system: You are a helpful assistant.
user:
Analyze the provided spectrum to determine if it is a **S-type Star**.

- **Key Indicators for S-type Star:**

    - **(Overall Spectrum Shape):** The first and most obvious characteristic is the overall continuum (the "baseline" shape). It is **extremely "red-sloping,"** meaning the flux (light intensity) is very low on the left side (blue, ~4000-4500 Å) and rises steeply and continuously toward the right side (red, ~7000 Å+).

    - **(Primary):** The spectrum is defined by the presence of strong, broad molecular absorption "valleys" (bands) from **Zirconium Oxide (ZrO)**. The identification of these bands is the **primary requirement** for classifying a star as S-type.
        - **(Key Bandheads):** You must find distinct, deep "dips" where the light has been absorbed. The most critical band systems to locate are:
            - **~6474 Å** ($\gamma$-system): This is often the strongest and clearest ZrO feature, found in the red part of the spectrum.
            - **~5718 Å** & **~5551 Å** ($\beta$-system): A pair of prominent absorption features in the yellow-orange part of the spectrum.
            - **~4640 Å** ($\alpha$-system): A key absorption band system in the blue-green region of the spectrum.

    - **(Secondary Confirmation):** The classification is strengthened by finding additional absorption bands from other related heavy element oxides, which are expected to be present alongside ZrO.
        - **(Key Bandheads):**
            - **Yttrium Oxide (YO):** Look for absorption dips near **~4800 Å** and **~6100 Å**.
            - **Lanthanum Oxide (LaO):** Additional absorption features, particularly in the red-orange part of the spectrum, are also characteristic.

    - **(Line Profile):** The combination of the steep red continuum and these numerous, deep molecular bands (ZrO, YO, etc.) gives the entire spectrum a very **"chopped-up"** or **"bumpy"** appearance. Instead of a smooth curve, the spectrum looks as though large, wide chunks of light have been "carved out" of it at the specific wavelengths listed above.

Think first, call **spectral_visualization_tool** if needed to examine features in detail, then provide your final answer. Your response must adhere to the following strict rules:
1.  **Overall Structure:** Your response must follow the format `<think>...</think> <tool_call>...</tool_call> (if a tool is used) <answer>...</answer>`.
2.  **Tool Usage Constraint:** You may only make **one** tool call per turn.
3.  **Final Answer Format:** In the `<answer>` tag, your conclusion must be inside a `\boxed{}` command (e.g., `\boxed{YES}` or `\boxed{NO}`), followed by your justification.

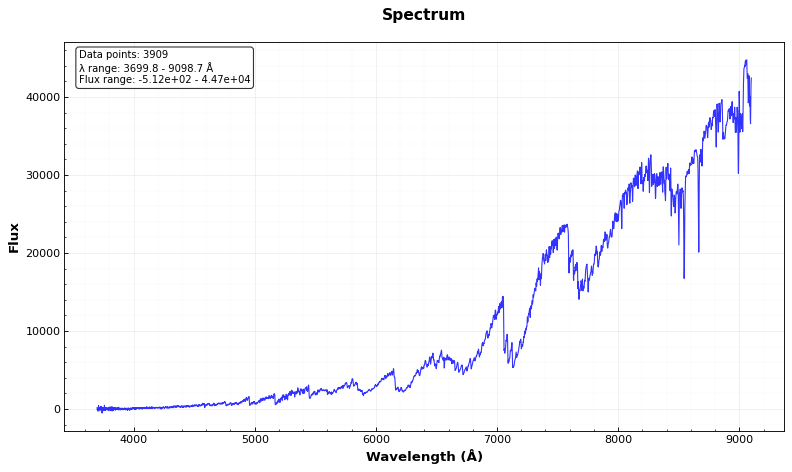
Answer: YES